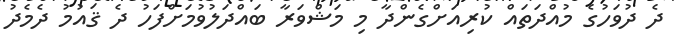
ދެ ދުވަހުގެ މުއްދަތައް ކުރިއަށްގެންދާ މި މަޝްވަރާ ބައްދަލުވުމަށްފަހު ދެ ޤައުމު ދެމެދު